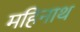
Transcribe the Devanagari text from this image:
महिनाथ